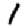
Digit: 1